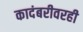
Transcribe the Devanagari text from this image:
कादंबरीवरही